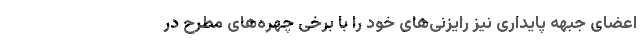
اعضای جبهه پایداری نیز رایزنی‌های خود را با برخی چهره‌های مطرح در